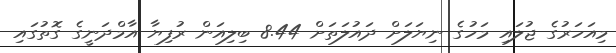
މިއަހަރުގެ ޖުލައި މަހުގެ ނިޔަލަށް ދައުލަތަށް 8.44 ބިލިއަން ރުފިޔާ އާމްދަނީގެ ގޮތުގައި